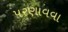
પરણાવવા